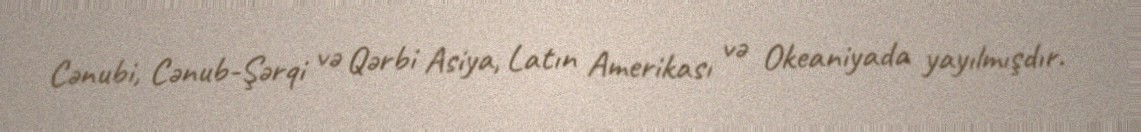
Cənubi, Cənub-Şərqi və Qərbi Asiya, Latın Amerikası və Okeaniyada yayılmışdır.